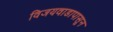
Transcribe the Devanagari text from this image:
विजयवाडापासून